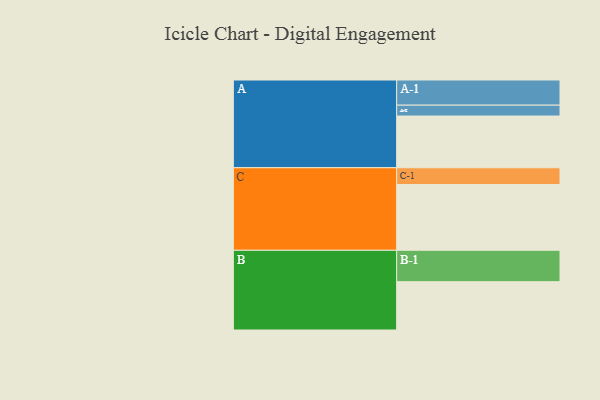
{"axis": {"x": "Segment", "y": "Value"}, "legend": ["", "A", "B", "C"], "data": [{"x": "A", "y": 438, "type": ""}, {"x": "B", "y": 409, "type": ""}, {"x": "C", "y": 557, "type": ""}, {"x": "A-1", "y": 213, "type": "A"}, {"x": "A-2", "y": 92, "type": "A"}, {"x": "B-1", "y": 266, "type": "B"}, {"x": "C-1", "y": 142, "type": "C"}]}